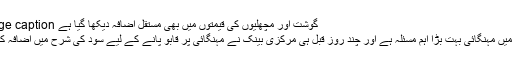
Image caption گوشت اور مچھلیوں کی قیمتوں میں بھی مستقل اضافہ دیکھا گیا ہے
ملک میں مہنگائی بہت بڑا اہم مسئلہ ہے اور چند روز قبل ہی مرکزی بینک نے مہنگائی پر قابو پانے کے لیے سود کی شرح میں اضافہ کیا تھا۔